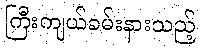
ကြီးကျယ်ခမ်းနားသည့်